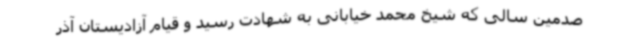
صدمین سالی که شیخ محمد خیابانی به شهادت رسید و قیام آزادیستان آذر